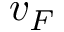
v _ { F }